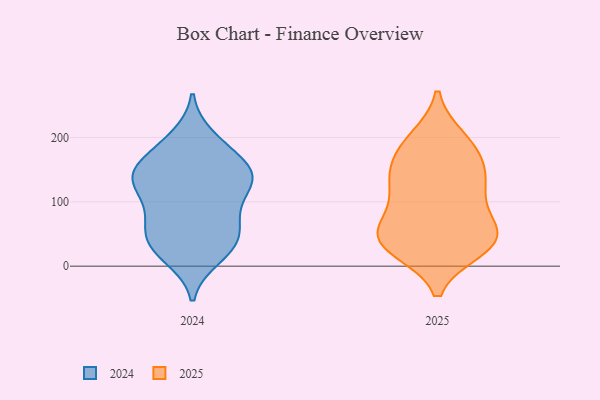
{"axis": {"x": "Net Income (USD K)", "y": "Value"}, "legend": ["2024", "2025"], "data": [{"x": "", "y": 187, "type": "2025"}, {"x": "", "y": 197, "type": "2025"}, {"x": "", "y": 39, "type": "2025"}, {"x": "", "y": 57, "type": "2025"}, {"x": "", "y": 119, "type": "2025"}, {"x": "", "y": 152, "type": "2025"}, {"x": "", "y": 51, "type": "2025"}, {"x": "", "y": 39, "type": "2025"}, {"x": "", "y": 37, "type": "2025"}, {"x": "", "y": 117, "type": "2025"}, {"x": "", "y": 38, "type": "2025"}, {"x": "", "y": 28, "type": "2025"}, {"x": "", "y": 185, "type": "2025"}, {"x": "", "y": 148, "type": "2025"}, {"x": "", "y": 80, "type": "2025"}, {"x": "", "y": 129, "type": "2025"}, {"x": "", "y": 113, "type": "2024"}, {"x": "", "y": 147, "type": "2024"}, {"x": "", "y": 34, "type": "2024"}, {"x": "", "y": 200, "type": "2024"}, {"x": "", "y": 133, "type": "2024"}, {"x": "", "y": 14, "type": "2024"}, {"x": "", "y": 141, "type": "2024"}, {"x": "", "y": 145, "type": "2024"}, {"x": "", "y": 47, "type": "2024"}, {"x": "", "y": 93, "type": "2024"}, {"x": "", "y": 66, "type": "2024"}, {"x": "", "y": 148, "type": "2024"}, {"x": "", "y": 133, "type": "2024"}, {"x": "", "y": 24, "type": "2024"}, {"x": "", "y": 178, "type": "2024"}, {"x": "", "y": 79, "type": "2024"}, {"x": "", "y": 60, "type": "2024"}, {"x": "", "y": 30, "type": "2024"}, {"x": "", "y": 135, "type": "2024"}, {"x": "", "y": 187, "type": "2024"}]}